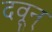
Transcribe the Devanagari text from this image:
दवून्